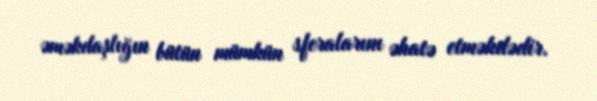
əməkdaşlığın bütün mümkün sferalarını əhatə etməkdədir.